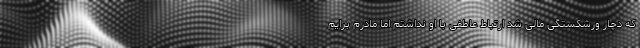
که دچار ورشکستگی مالی شد ارتباط عاطفی با او نداشتم اما مادرم برایم